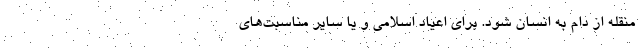
منقله از دام به انسان شود. برای اعیاد اسلامی و یا سایر مناسبت‌های